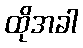
ထိုအခါ